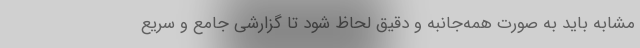
مشابه باید به صورت همه‌جانبه و دقیق لحاظ شود تا گزارشی جامع و سریع